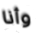
وأنا